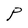
Character: P